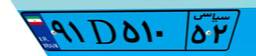
۹۱D۵۱۰۵۲